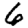
Digit: 6